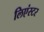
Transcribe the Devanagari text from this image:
लिएंस्टर